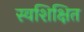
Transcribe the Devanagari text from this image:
स्वशिक्षित